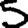
Digit: 5